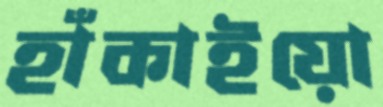
হাঁকাইয়ো